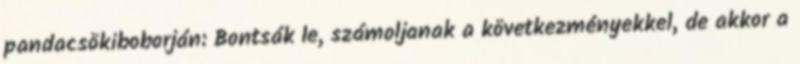
pandacsökiboborján: Bontsák le, számoljanak a következményekkel, de akkor a